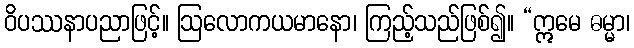
ဝိပဿနာပညာဖြင့်။ ဩလောကယမာနော၊ ကြည့်သည်ဖြစ်၍။ “ဣမေ ဓမ္မာ၊